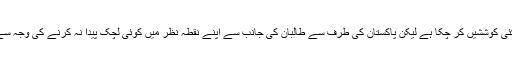
یاد رہے کہ ماضی میں امریکہ ایسی کئی کوششیں کر چکا ہے لیکن پاکستان کی طرف سے طالبان کی جانب سے اپنے نقطہ نظر میں کوئی لچک پیدا نہ کرنے کی وجہ سے یہ مذاکرات ناکام ہو جاتے رہے ہیں۔